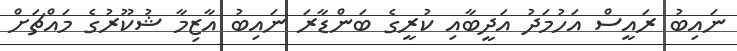
ނައިބު ރައީސް އަހުމަދު އަދީބާއި ކުރީގެ ބަންޑާރަ ނައިބު އާޒިމާ ޝުކޫރުގެ މައްޗަށް